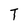
Character: T